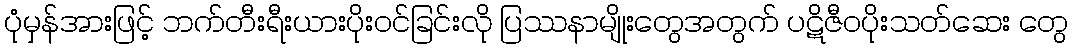
ပုံမှန်အားဖြင့် ဘက်တီးရီးယားပိုးဝင်ခြင်းလို ပြဿနာမျိုးတွေအတွက် ပဋိဇီဝပိုးသတ်ဆေး တွေ